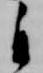
自